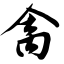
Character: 禽